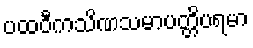
ပထဝီကသိဏသမာပတ္တိပရမာ